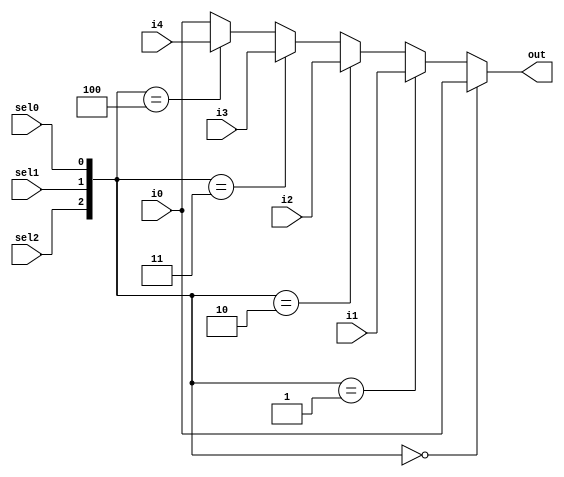
module mux8x1 #(
	parameter XLEN = 32
) 
(
	input  wire [XLEN-1:0] i0,
	input  wire [XLEN-1:0] i1,
	input  wire [XLEN-1:0] i2,
	input  wire [XLEN-1:0] i3,
	input  wire [XLEN-1:0] i4,
	input  wire            sel0,
	input  wire            sel1,
	input  wire            sel2,
	output reg  [XLEN-1:0] out
);

wire [2:0] sel_mux;

assign sel_mux = {sel2,sel1,sel0};

always @(*) begin
	if (sel_mux == 3'b000) begin
		out = i0;
	end
	else if (sel_mux == 3'b001) begin
		out = i1;
	end
	else if (sel_mux == 3'b010) begin
		out = i2;
	end
	else if (sel_mux == 3'b011) begin
		out = i3;
	end
	else if (sel_mux == 3'b100) begin
		out = i4;
	end
	else begin
		out = i0;
	end
end

endmodule